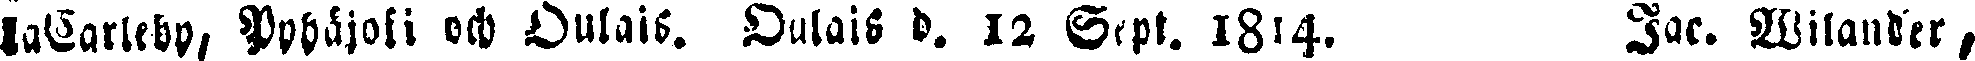
laCarleby, Uppåjoki och Oulais. Oulais d. 12 Sept. 1814. Jac. Wilander,